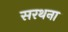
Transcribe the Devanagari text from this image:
सरथना